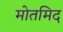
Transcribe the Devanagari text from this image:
मोतमिद